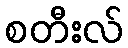
စတီးလ်